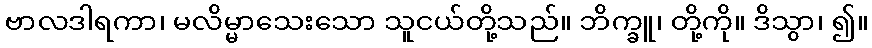
ဗာလဒါရကာ၊ မလိမ္မာသေးသော သူငယ်တို့သည်။ ဘိက္ခူ၊ တို့ကို။ ဒိသွာ၊ ၍။